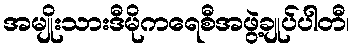
အမျိုးသားဒီမိုကရေစီအဖွဲ့ချုပ်ပါတီ၊